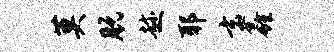
莫脱趁耶玄鑫